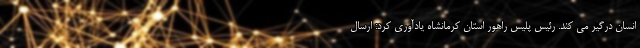
انسان درگیر می کند. رئیس پلیس راهور استان کرمانشاه یادآوری کرد: ارسال